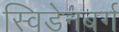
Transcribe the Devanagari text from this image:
स्विडेनबर्ग